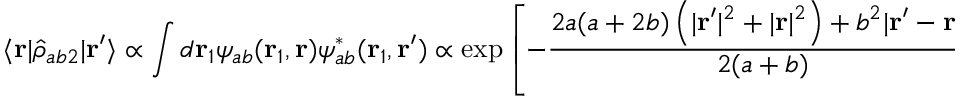
\langle \mathbf { r } | \hat { \rho } _ { a b 2 } | \mathbf { r } ^ { \prime } \rangle \propto \int d \mathbf { r } _ { 1 } \psi _ { a b } ( \mathbf { r } _ { 1 } , \mathbf { r } ) \psi _ { a b } ^ { * } ( \mathbf { r } _ { 1 } , \mathbf { r } ^ { \prime } ) \propto \exp \left[ - \frac { 2 a ( a + 2 b ) \left( | \mathbf { r } ^ { \prime } | ^ { 2 } + | \mathbf { r } | ^ { 2 } \right) + b ^ { 2 } | \mathbf { r } ^ { \prime } - \mathbf { r } | ^ { 2 } } { 2 ( a + b ) } \right] .